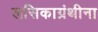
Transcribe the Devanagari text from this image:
लसिकाग्रंथीना